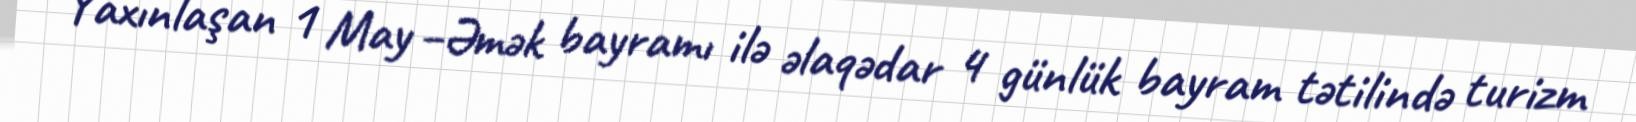
Yaxınlaşan 1 May –Əmək bayramı ilə əlaqədar 4 günlük bayram tətilində turizm